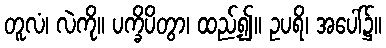
တူလံ၊ လဲကို။ ပက္ခိပိတွာ၊ ထည့်၍။ ဥပရိ၊ အပေါ်၌။